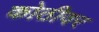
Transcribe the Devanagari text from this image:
कोठीवर